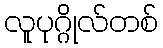
လူပုဂ္ဂိုလ်တစ်